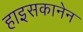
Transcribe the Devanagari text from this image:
हाइसकानेन